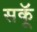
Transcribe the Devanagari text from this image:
सकॅू